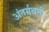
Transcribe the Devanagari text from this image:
अंतर्ग्रथनी